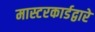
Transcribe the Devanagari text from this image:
मास्टरकार्डद्वारे